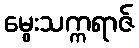
မွေးသက္ကရာဇ်